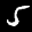
Label: 5